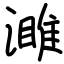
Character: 濉